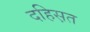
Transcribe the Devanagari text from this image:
दहिस़त